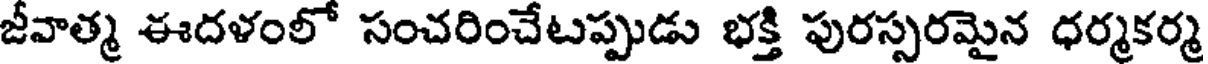
జీవాత్మ ఈదళంలో సంచరించేటప్పుడు భక్తి పురస్సరమైన ధర్మకర్మ